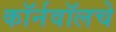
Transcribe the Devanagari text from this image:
कॉर्नवॉलचे